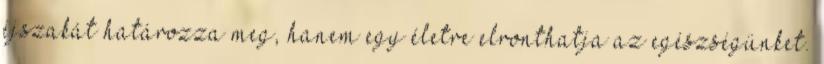
éjszakát határozza meg, hanem egy életre elronthatja az egészségünket.